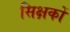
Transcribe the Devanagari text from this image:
सिक्षकों